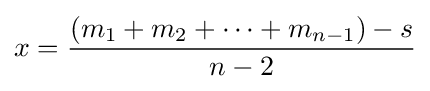
x={\frac {(m_{1}+m_{2}+\cdots +m_{n-1})-s}{n-2}}